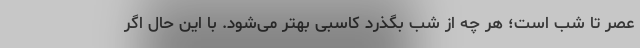
عصر تا شب است؛ هر چه از شب بگذرد کاسبی بهتر می‌شود. با این حال اگر